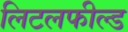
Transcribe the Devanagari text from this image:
लिटलफील्ड